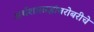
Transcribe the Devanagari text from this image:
अर्थशास्त्रज्ञांबरोबरीचे